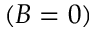
( B = 0 )